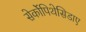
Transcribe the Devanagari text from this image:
सेर्कोपिथेसिडाए